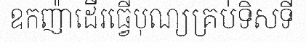
ឧកញ៉ាដើរធ្វើបុណ្យគ្រប់ទិសទី